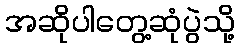
အဆိုပါတွေ့ဆုံပွဲသို့